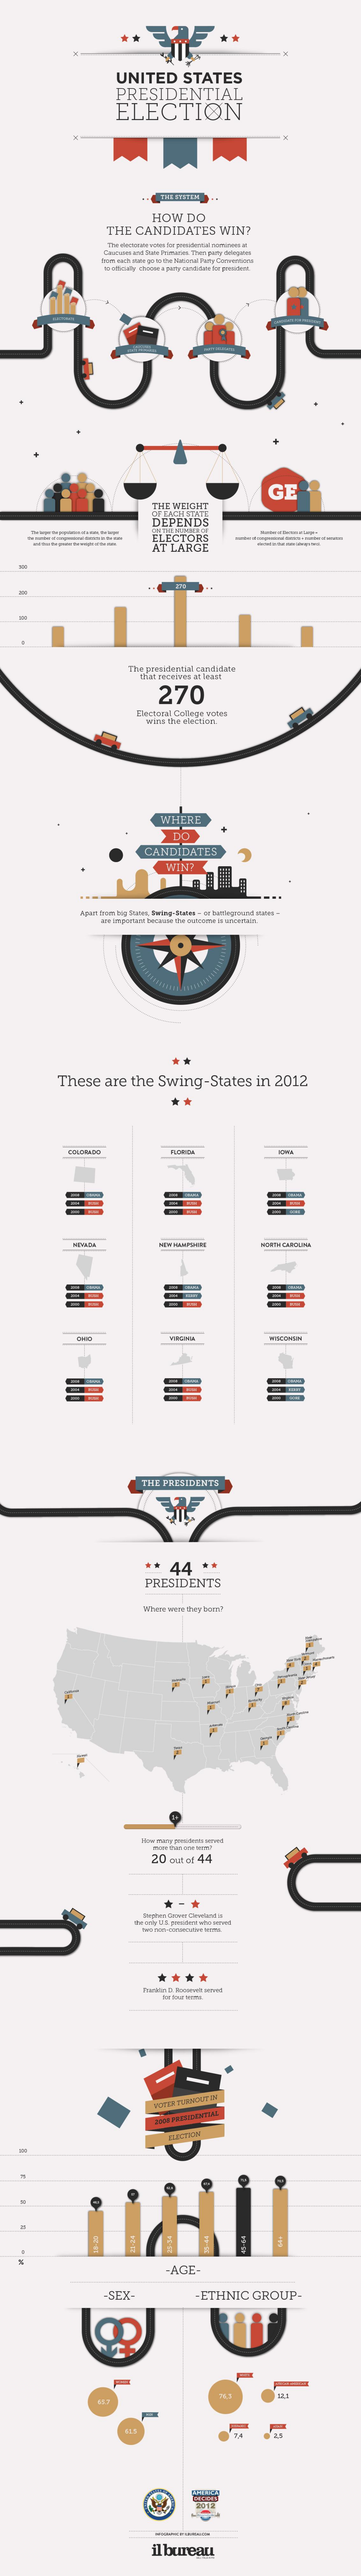
UNITED STATES
     PRESIDENTIAL
     ELECTION
     HOW DO
     THE CANDIDATES WIN?
     GE
     THE WEIGHT
     DEPENDS
     AT LARGE
     270
     Decoral College Noon
     wirn the election.
     WHERE
     CANDIDATES
     These are the Swing-States in 2012
     THE PRESIDENTS
     ** 44  **
     PRESIDENTS
     20 out of 44
     AGE.
     -SEX-    -ETHNIC GROUP-
     -
     il bureau